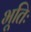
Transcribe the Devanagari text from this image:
भूतिः